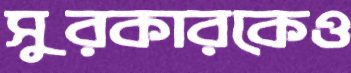
সুরকারকেও